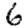
Digit: 6